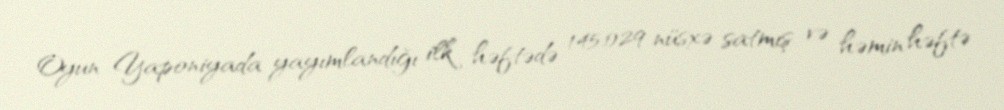
Oyun Yaponiyada yayımlandığı ilk həftədə 145.029 nüsxə satmış və həmin həftə